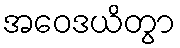
အဝေဒယိတွာ